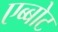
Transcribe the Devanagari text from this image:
एब्बोट